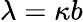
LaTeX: \lambda=\kappa b